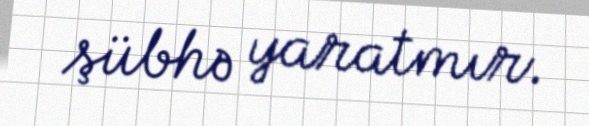
şübhə yaratmır.